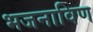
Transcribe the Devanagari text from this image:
भजनाविण